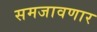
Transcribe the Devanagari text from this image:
समजावणार